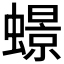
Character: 𧑊